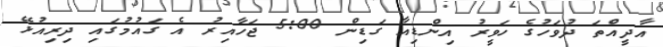
އާދީއްތަ ދުވަހުގެ ހަވީރު އިންޑިއާ ގަޑިން 5:00 ޖަހާއިރު އެ ގައުމުގައި ދިރިއުޅޭ